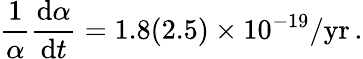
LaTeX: \frac{1}{\alpha}\frac{\textrm{d}\alpha}{\textrm{d}t}=1.8(2.5)\times 10^{-19}/\textrm{yr}\, \textrm{.}